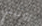
روتيني